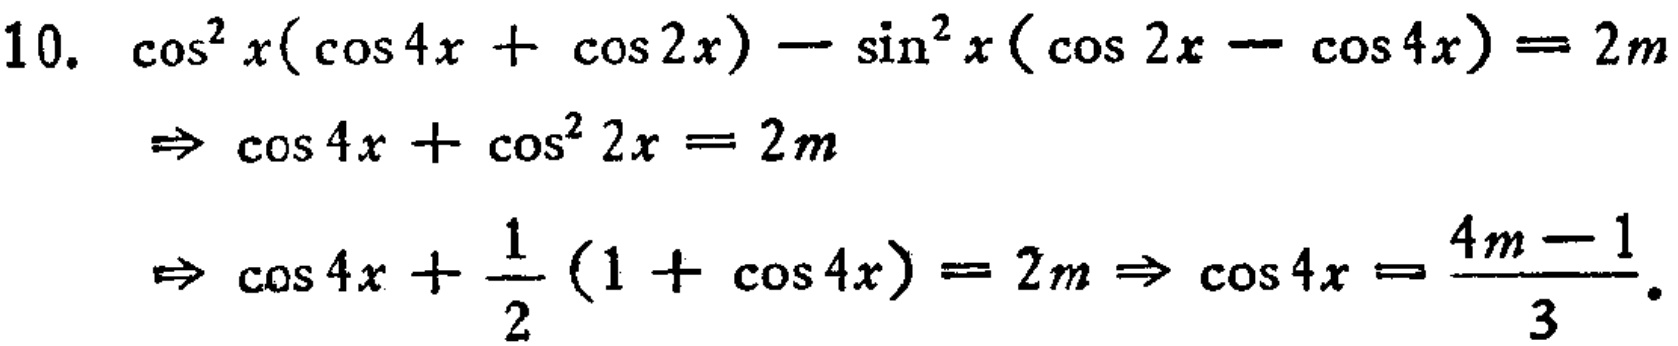
10. \(\cos^{2}x(\cos4x + \cos2x)-\sin^{2}x(\cos2x - \cos4x)=2m\)
\(\Rightarrow \cos4x+\cos^{2}2x = 2m\)
\(\Rightarrow \cos4x+\frac{1}{2}(1 + \cos4x)=2m\Rightarrow\cos4x=\frac{4m - 1}{3}\)